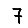
Digit: 7